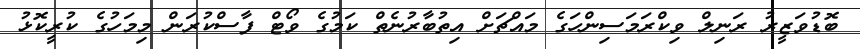
ބޮޑުވަޒީރު ރަނިލް ވިކްރަމަސިންހަގެ މައްޗަށް އިތުބާރުނެތް ކަމުގެ ވޯޓް ފާސްކުރަން މިމަހުގެ ކުރީކޮޅު